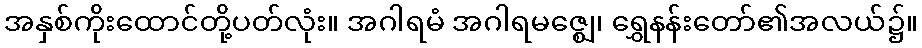
အနှစ်ကိုးထောင်တို့ပတ်လုံး။ အဂါရမံ အဂါရမဇ္ဈေ၊ ရွှေနန်းတော်၏အလယ်၌။